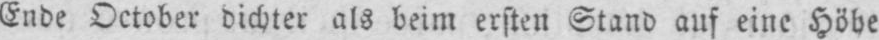
Ende October dichter als beim ersten Stand auf eine Höhe